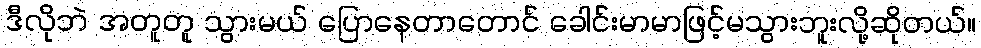
ဒီလိုဘဲ အတူတူ သွားမယ် ပြောနေတာတောင် ခေါင်းမာမာဖြင့်မသွားဘူးလို့ဆိုတယ်။